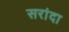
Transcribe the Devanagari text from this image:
सरांदा